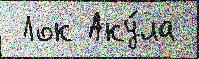
 Лок Аку́ла